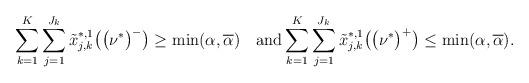
LaTeX: \begin{align*} \sum_{k=1}^K\sum_{j=1}^{J_k} \tilde x^{*,1}_{j,k}\bigl(\bigl(\nu^*\bigr)^-\bigr) \geq \min (\alpha, \overline\alpha) \quad\mbox{and}\sum_{k=1}^K\sum_{j=1}^{J_k} \tilde x^{*,1}_{j,k}\bigl(\bigl(\nu^*\bigr)^+\bigr) \leq\min(\alpha, \overline\alpha).\end{align*}